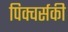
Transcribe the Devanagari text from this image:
पिक्चर्सकी